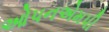
ઓપનએમપી